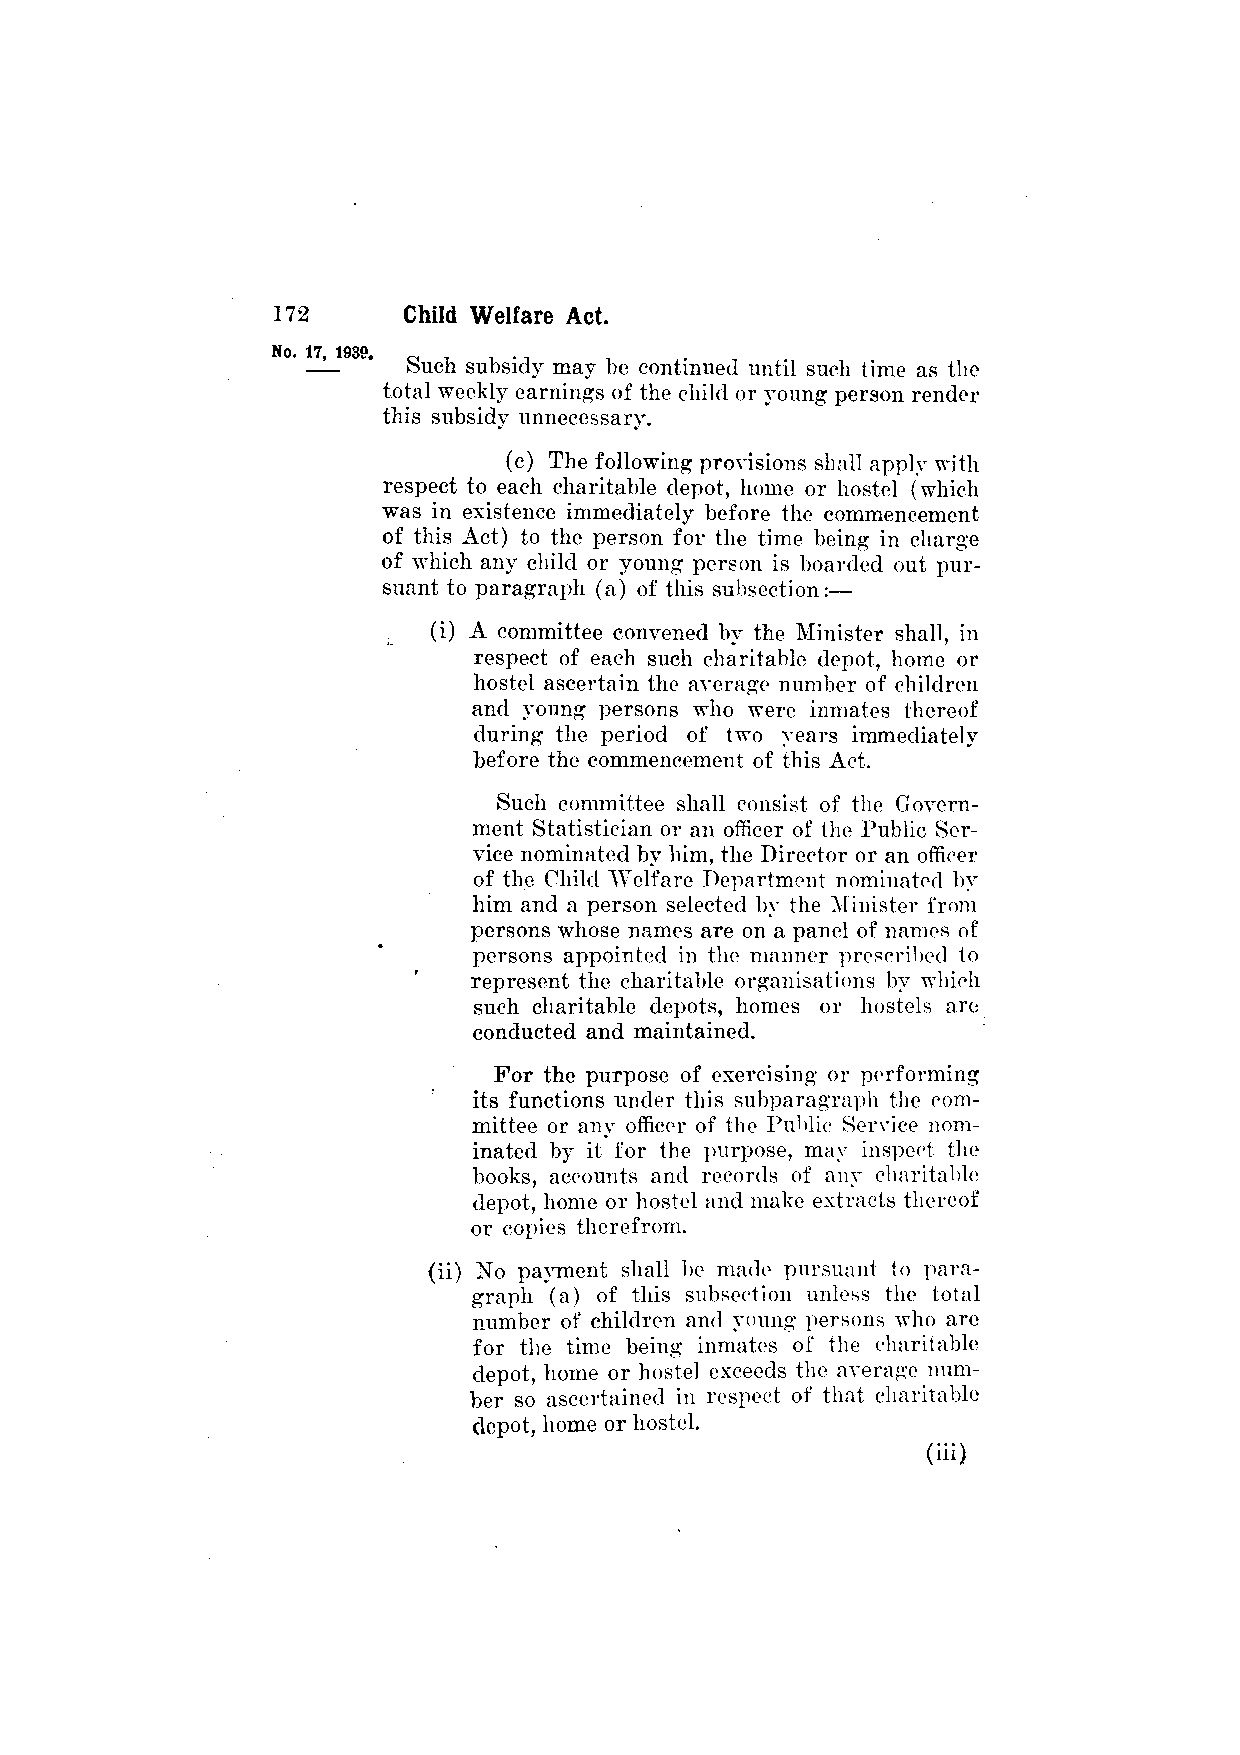
Such subsidy may be continued until such time as the
 total weekly earnings of the child or young person render
 this subsidy unnecessary.
 (c) The following provisions shall apply with
 respect to each charitable depot, home or hostel (which
 was in existence immediately before the commencement
 of this Act) to the person for the time being in charge
 of which any child or young person is boarded out pur­
 suant to paragraph (a) of this subsection:—
 (i) A committee convened by the Minister shall, in
 respect of each such charitable depot, home or
 hostel ascertain the average number of children
 and young persons who were inmates thereof
 during the period of two years immediately
 before the commencement of this Act.
 Such committee shall consist of the Govern­
 ment Statistician or an officer of the Public Ser­
 vice nominated by him, the Director or an officer
 of the Child Welfare Department nominated by
 him and a person selected by the Minister from
 persons whose names are on a panel of names of
 persons appointed in the manner prescribed to
 represent the charitable organisations by which
 such charitable depots, homes or hostels are
 conducted and maintained.
 For the purpose of exercising or performing
 its functions under this subparagraph the com­
 mittee or any officer of the Public Service nom­
 inated by it for the purpose, may inspect the
 books, accounts and records of any charitable
 depot, home or hostel and make extracts thereof
 or copies therefrom.
 (ii) No payment shall be made pursuant to para­
 graph (a) of this subsection unless the total
 number of children and young persons who are
 for the time being inmates of the charitable
 depot, home or hostel exceeds the average num­
 ber so ascertained in respect of that charitable
 depot, home or hostel.
 (iii)